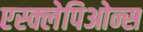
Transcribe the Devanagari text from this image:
एस्क्लेपिओन्स